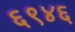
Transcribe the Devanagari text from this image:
६९४६